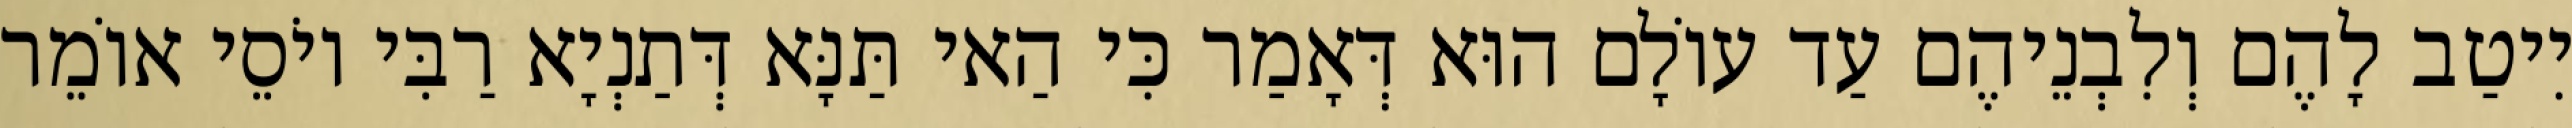
יִיטַב לָהֶם וְלִבְנֵיהֶם עַד עוֹלָם הוּא דְּאָמַר כִּי הַאי תַּנָּא דְּתַנְיָא רַבִּי יוֹסֵי אוֹמֵר